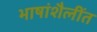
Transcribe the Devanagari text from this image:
भाषांशैलींत